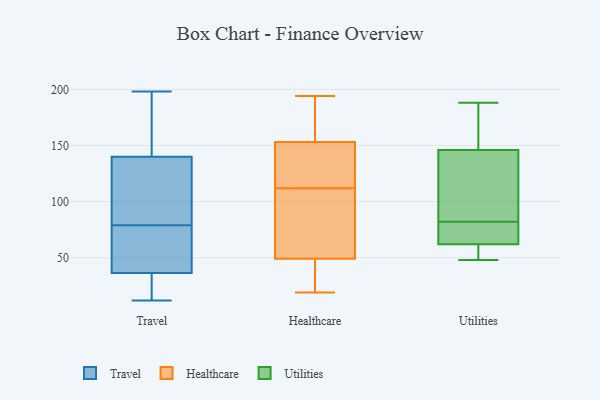
{"axis": {"x": "Website Visitors", "y": "Value"}, "legend": ["Healthcare", "Travel", "Utilities"], "data": [{"x": "", "y": 124, "type": "Travel"}, {"x": "", "y": 128, "type": "Travel"}, {"x": "", "y": 176, "type": "Travel"}, {"x": "", "y": 42, "type": "Travel"}, {"x": "", "y": 48, "type": "Travel"}, {"x": "", "y": 114, "type": "Travel"}, {"x": "", "y": 40, "type": "Travel"}, {"x": "", "y": 26, "type": "Travel"}, {"x": "", "y": 198, "type": "Travel"}, {"x": "", "y": 79, "type": "Travel"}, {"x": "", "y": 12, "type": "Travel"}, {"x": "", "y": 176, "type": "Travel"}, {"x": "", "y": 14, "type": "Travel"}, {"x": "", "y": 29, "type": "Healthcare"}, {"x": "", "y": 131, "type": "Healthcare"}, {"x": "", "y": 45, "type": "Healthcare"}, {"x": "", "y": 90, "type": "Healthcare"}, {"x": "", "y": 190, "type": "Healthcare"}, {"x": "", "y": 57, "type": "Healthcare"}, {"x": "", "y": 49, "type": "Healthcare"}, {"x": "", "y": 162, "type": "Healthcare"}, {"x": "", "y": 45, "type": "Healthcare"}, {"x": "", "y": 121, "type": "Healthcare"}, {"x": "", "y": 153, "type": "Healthcare"}, {"x": "", "y": 143, "type": "Healthcare"}, {"x": "", "y": 194, "type": "Healthcare"}, {"x": "", "y": 118, "type": "Healthcare"}, {"x": "", "y": 106, "type": "Healthcare"}, {"x": "", "y": 53, "type": "Healthcare"}, {"x": "", "y": 19, "type": "Healthcare"}, {"x": "", "y": 162, "type": "Healthcare"}, {"x": "", "y": 182, "type": "Utilities"}, {"x": "", "y": 188, "type": "Utilities"}, {"x": "", "y": 48, "type": "Utilities"}, {"x": "", "y": 57, "type": "Utilities"}, {"x": "", "y": 110, "type": "Utilities"}, {"x": "", "y": 102, "type": "Utilities"}, {"x": "", "y": 185, "type": "Utilities"}, {"x": "", "y": 62, "type": "Utilities"}, {"x": "", "y": 57, "type": "Utilities"}, {"x": "", "y": 151, "type": "Utilities"}, {"x": "", "y": 63, "type": "Utilities"}, {"x": "", "y": 70, "type": "Utilities"}, {"x": "", "y": 62, "type": "Utilities"}, {"x": "", "y": 82, "type": "Utilities"}, {"x": "", "y": 131, "type": "Utilities"}]}